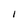
Character: I